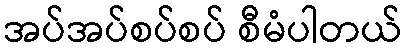
အပ်အပ်စပ်စပ် စီမံပါတယ်